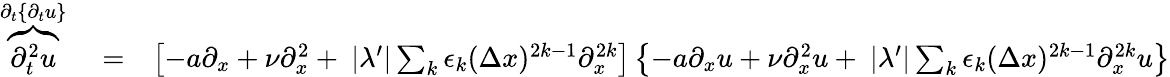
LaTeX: \begin{array}{rlr}{\overbrace{\partial_{t}^{2}u}^{\partial_{t}\{ \partial_{t}u\} }}&{{}=}&{\left[-a\partial_{x}+\nu\partial_{x}^{2}+\ |\lambda^{\prime}|\sum_{k}\epsilon_{k}(\Delta x)^{2k-1}\partial_{x}^{2k}\right]\left\{ -a\partial_{x}u+\nu\partial_{x}^{2}u+\ |\lambda^{\prime}|\sum_{k}\epsilon_{k}(\Delta x)^{2k-1}\partial_{x}^{2k}u\right\} }\end{array}